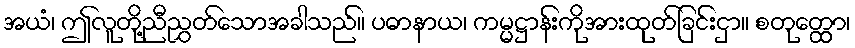
အယံ၊ ဤလူတို့ညီညွှတ်သောအခါသည်။ ပဓာနာယ၊ ကမ္မဋ္ဌာန်းကိုအားထုတ်ခြင်းငှာ။ စတုတ္ထော၊